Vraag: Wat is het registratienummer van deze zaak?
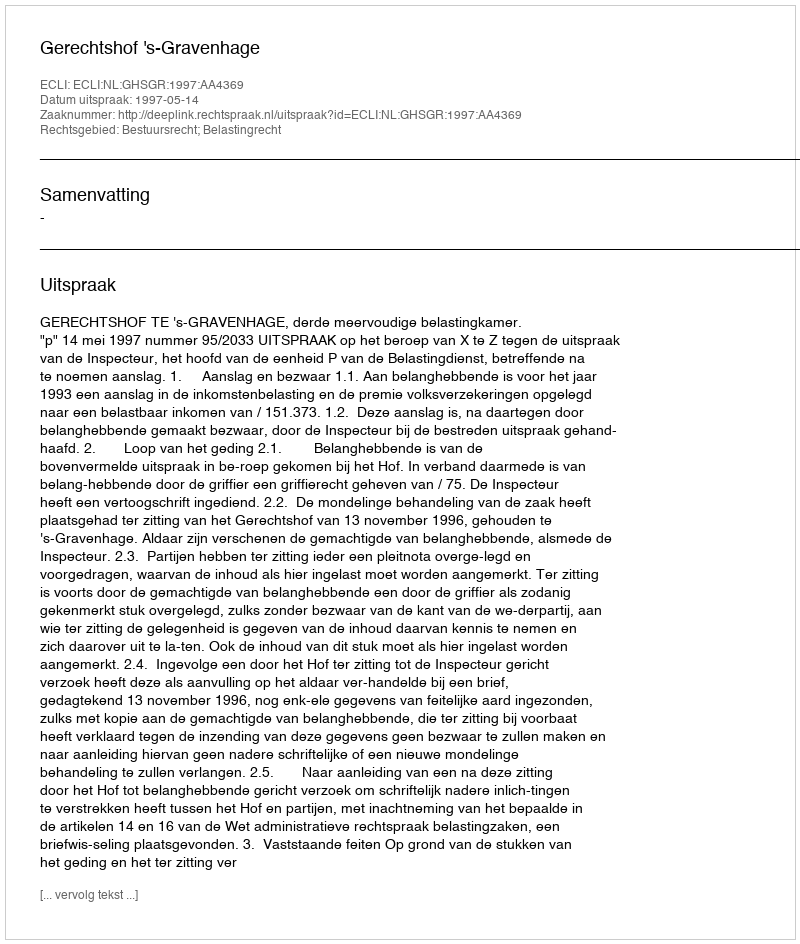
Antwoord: http://deeplink.rechtspraak.nl/uitspraak?id=ECLI:NL:GHSGR:1997:AA4369